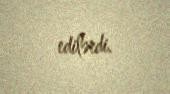
edilərdi.